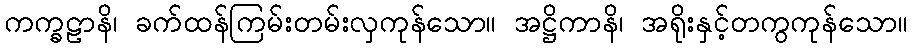
ကက္ခဠာနိ၊ ခက်ထန်ကြမ်းတမ်းလှကုန်သော။ အဋ္ဌိကာနိ၊ အရိုးနှင့်တကွကုန်သော။